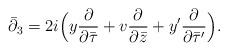
LaTeX: \begin{align*} \bar\partial_3=2i\Big(y \frac{\partial}{\partial \bar \tau}+v\frac{\partial}{\partial \bar z}+y'\frac{\partial}{\partial \bar\tau'}\Big).\end{align*}